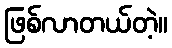
ဖြစ်လာတယ်တဲ့။